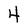
Character: 4